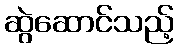
ဆွဲဆောင်သည့်